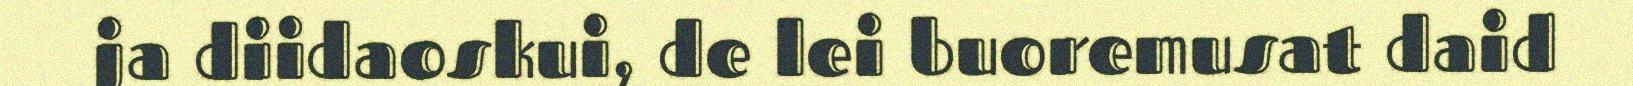
ja diidaoskui, de lei buoremusat daid